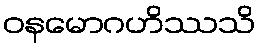
ဝနမောဂဟိဿသိ